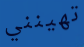
تهينني